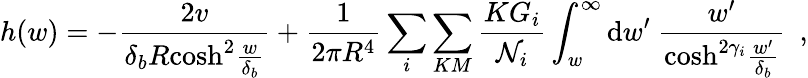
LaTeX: h(w)=-\frac{2v}{\delta_{b}R\mathrm{cosh}^{2}\frac{w}{\delta_{b}}}+\frac{1}{2\pi R^{4}}\sum_{i}\sum_{KM}\frac{KG_{i}}{{\cal N}_{i}}\int_{w}^{\infty}\mathrm{d}w^{\prime}~\frac{w^{\prime}}{\mathrm{cosh}^{2\gamma_{i}}\frac{w^{\prime}}{\delta_{b}}}~~,